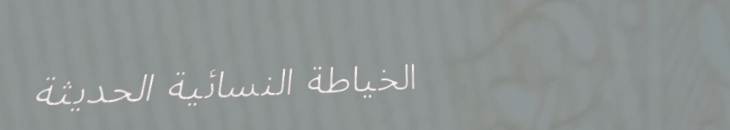
الخياطة النسائية الحديثة